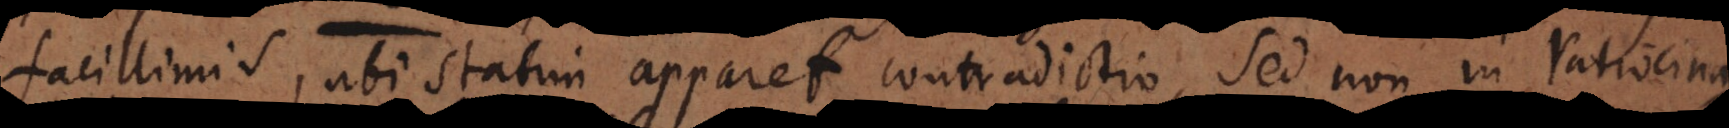
facillimis, ubi statim apparet contradictio, sed non in ratiocina